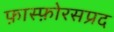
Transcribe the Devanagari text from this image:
फ़ास्फ़ोरसप्रद